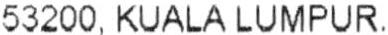
53200, KUALA LUMPUR